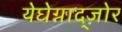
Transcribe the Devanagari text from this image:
येघेग्नाद्ज़ोर